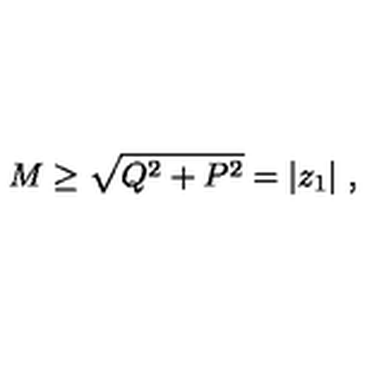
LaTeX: M \geq \sqrt { Q ^ { 2 } + P ^ { 2 } } = | z _ { 1 } | \ ,